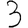
Digit: 3